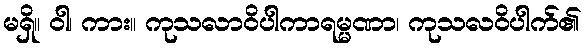
မရှိ။ ဝါ၊ ကား။ ကုသလာဝိပါကာရမ္မဏာ၊ ကုသလဝိပါက်၏